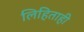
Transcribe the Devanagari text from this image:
लिहिताही